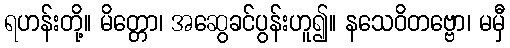
ရဟန်းတို့။ မိတ္တော၊ အဆွေခင်ပွန်းဟူ၍။ နသေဝိတဗ္ဗော၊ မမှီ